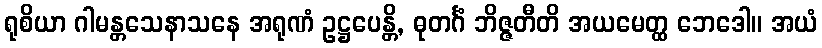
ရုစိယာ ဂါမန္တသေနာသနေ အရုဏံ ဥဋ္ဌပေန္တိ, ဓုတင်္ဂံ ဘိဇ္ဇတီတိ အယမေတ္ထ ဘေဒေါ။ အယံ